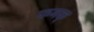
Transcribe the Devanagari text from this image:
कनक्